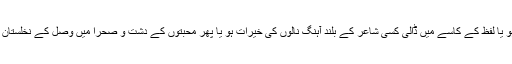
آباد بستیوں سے دور، کسی سنسان گپھا میں بیٹھے صوفی پر بیتنے والی واردات قلبی ہو یا لفظ کے کاسے میں ڈالی کسی شاعر کے بلند آہنگ نالوں کی خیرات ہو یا پھر محبتوں کے دشت و صحرا میں وصل کے نخلستان تلاشتا عاشق خستہ حال ہو، ازل سے ہی انسان محبت کے بلیک ہول سے گزرتا آیا ہے۔